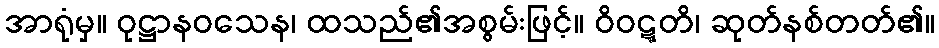
အာရုံမှ။ ဝုဋ္ဌာနဝသေန၊ ထသည်၏အစွမ်းဖြင့်။ ဝိဝဋ္ဋတိ၊ ဆုတ်နစ်တတ်၏။